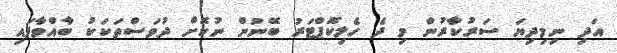
އަދި ނިމިދިޔަ ސަރުކާރުން މި ދެ ހެލިކޮޕްޓަރު ބޭނުން ނުކޮށް ދުވަސްތަކަކު ބާއްވާފައި